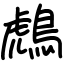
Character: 𪂬